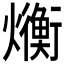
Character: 𬋛